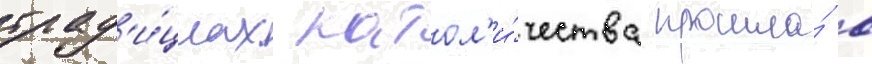
трад'и́циах катол'и́чества прошла́ в